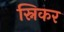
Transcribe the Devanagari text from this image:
स्निकर